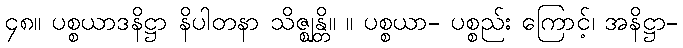
၄၈။ ပစ္စယာဒနိဋ္ဌာ နိပါတနာ သိဇ္ဈန္တိ။ ။ ပစ္စယာ- ပစ္စည်း ကြောင့်၊ အနိဋ္ဌာ-